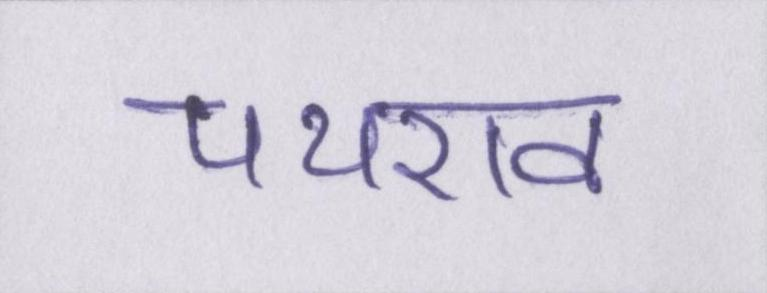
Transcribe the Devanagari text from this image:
पथराव